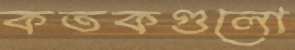
কতকগুলো